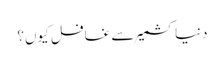
دنیا کشمیر سے غافل کیوں؟